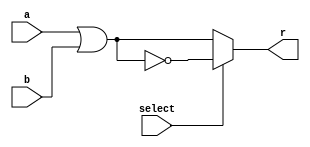
// -------------------------
// Exemplo_0702 - GATES
// Nome: Anna Puga Campos Rodrigues
// -------------------------
// Previso de testes:
// a b s r
// 0 0 0 0
// 0 0 1 1
// 0 1 0 1
// 0 1 1 0
// 1 0 0 1
// 1 0 1 0
// 1 1 0 1
// 1 1 1 0
// -------------------------
// multiplexer
// -------------------------
module mux ( output r,
input a,
input b,
input select );
// definir dados locais
wire r0;
wire r1;
// descrever por portas
or(r0, a, b);
nor(r1, a, b);

assign r = (select) ? r1 : r0;
endmodule // mux

module test_f7;
// ------------------------- definir dados
reg a;
reg b;
reg s;
wire r;
mux MUX1 ( r, a, b, s );
// ------------------------- parte principal
initial
begin : main
$display("Exemplo_0702 - Anna Puga - 694370");
$display(" a  b  s  resp");

#1 $monitor("%2b %2b %2b %3b", a, b, s, r);

a = 1'b0; b = 1'b0; s = 1'b0;
#1 s = 1'b1;
#1 a = 1'b0; b = 1'b1; s = 1'b0;
#1 s = 1'b1;
#1 a = 1'b1; b = 1'b0; s = 1'b0;
#1 s = 1'b1;
#1 a = 1'b1; b = 1'b1; s = 1'b0;
#1 s = 1'b1;

// projetar testes do modulo
end
endmodule // test_f7